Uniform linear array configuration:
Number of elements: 12
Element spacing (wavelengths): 0.75
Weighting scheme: blackman
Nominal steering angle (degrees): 15
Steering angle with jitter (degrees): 15.32
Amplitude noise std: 0.05
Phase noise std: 0.05

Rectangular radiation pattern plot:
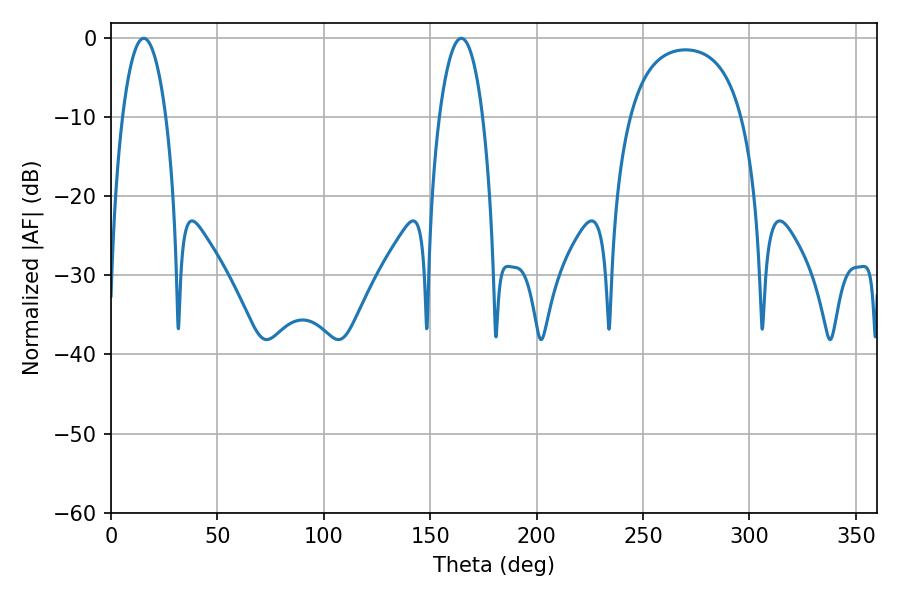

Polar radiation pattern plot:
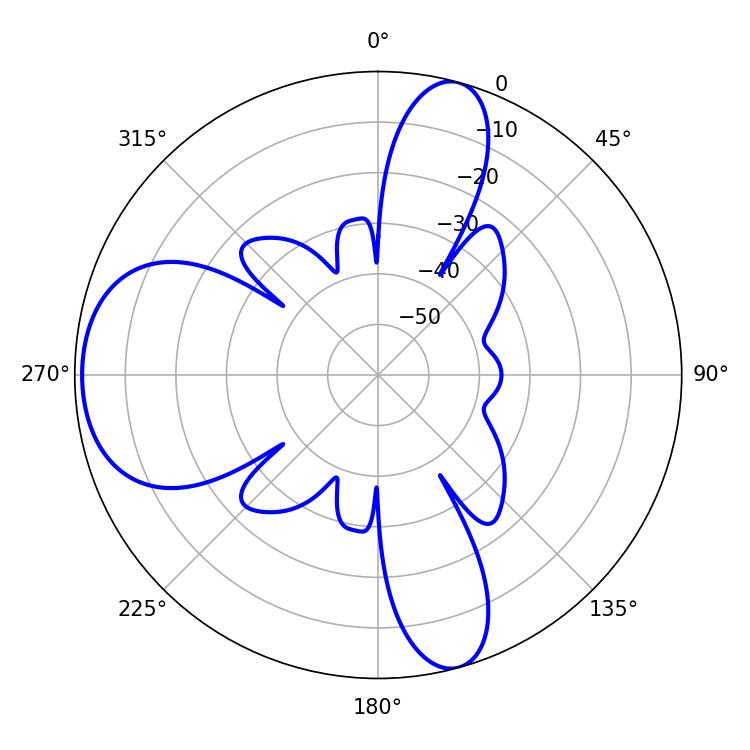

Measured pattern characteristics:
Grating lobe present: TRUE
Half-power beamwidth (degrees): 11.34
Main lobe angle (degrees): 15.3